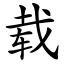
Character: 载